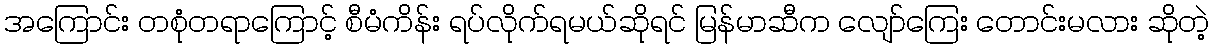
အကြောင်း တစုံတရာကြောင့် စီမံကိန်း ရပ်လိုက်ရမယ်ဆိုရင် မြန်မာဆီက လျော်ကြေး တောင်းမလား ဆိုတဲ့